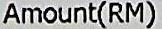
AMOUNT(RM)